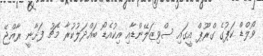
ވޯލްޑް ކަޕުގެ ގްރޫޕް އީގައި ސްވިޒަލޭންޑާއި އިކުއެޑޯ ބައްދަލުކުރާ މެޗު ފަށާނީ ރާއްޖޭ